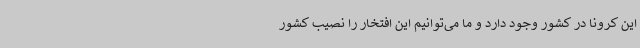
این کرونا در کشور وجود دارد و ما می‌توانیم این افتخار را نصیب کشور